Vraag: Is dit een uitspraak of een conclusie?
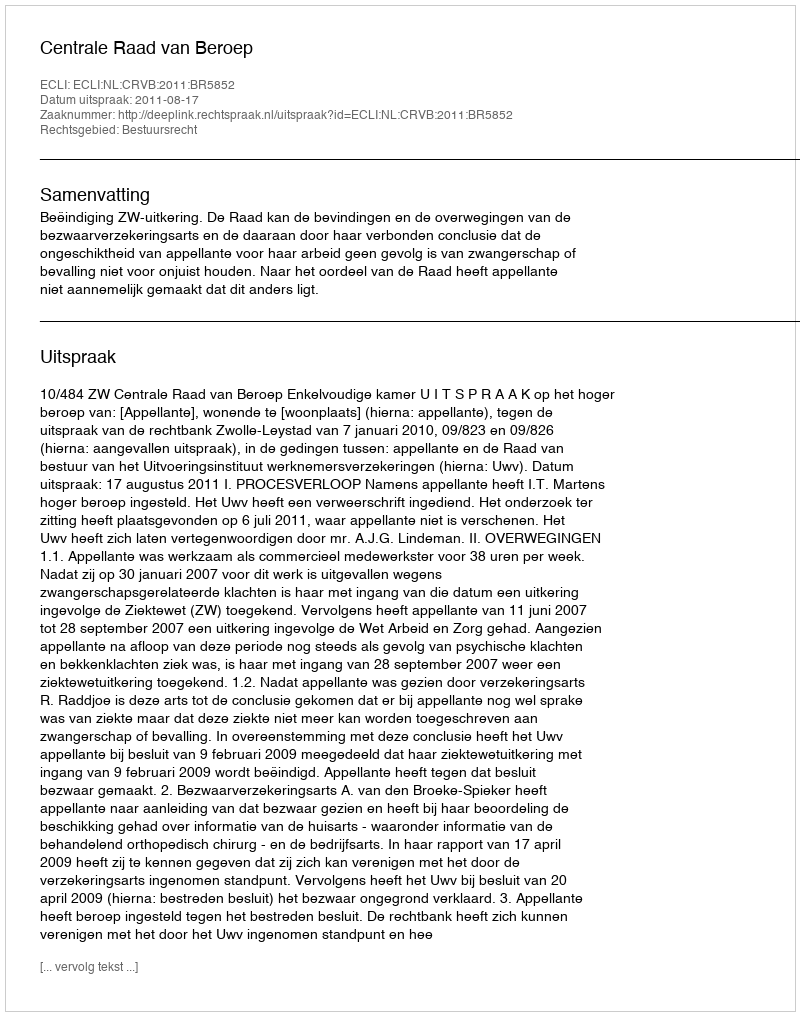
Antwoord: Uitspraak